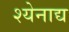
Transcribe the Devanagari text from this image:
श्येनाद्य